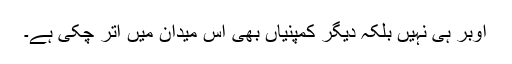
اوبر ہی نہیں بلکہ دیگر کمپنیاں بھی اس میدان میں اتر چکی ہے۔